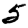
Digit: 5